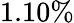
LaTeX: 1.10\%